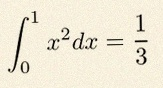
\int_0^1 x^2dx=\frac13